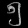
Digit: ၅